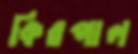
কিরপাল